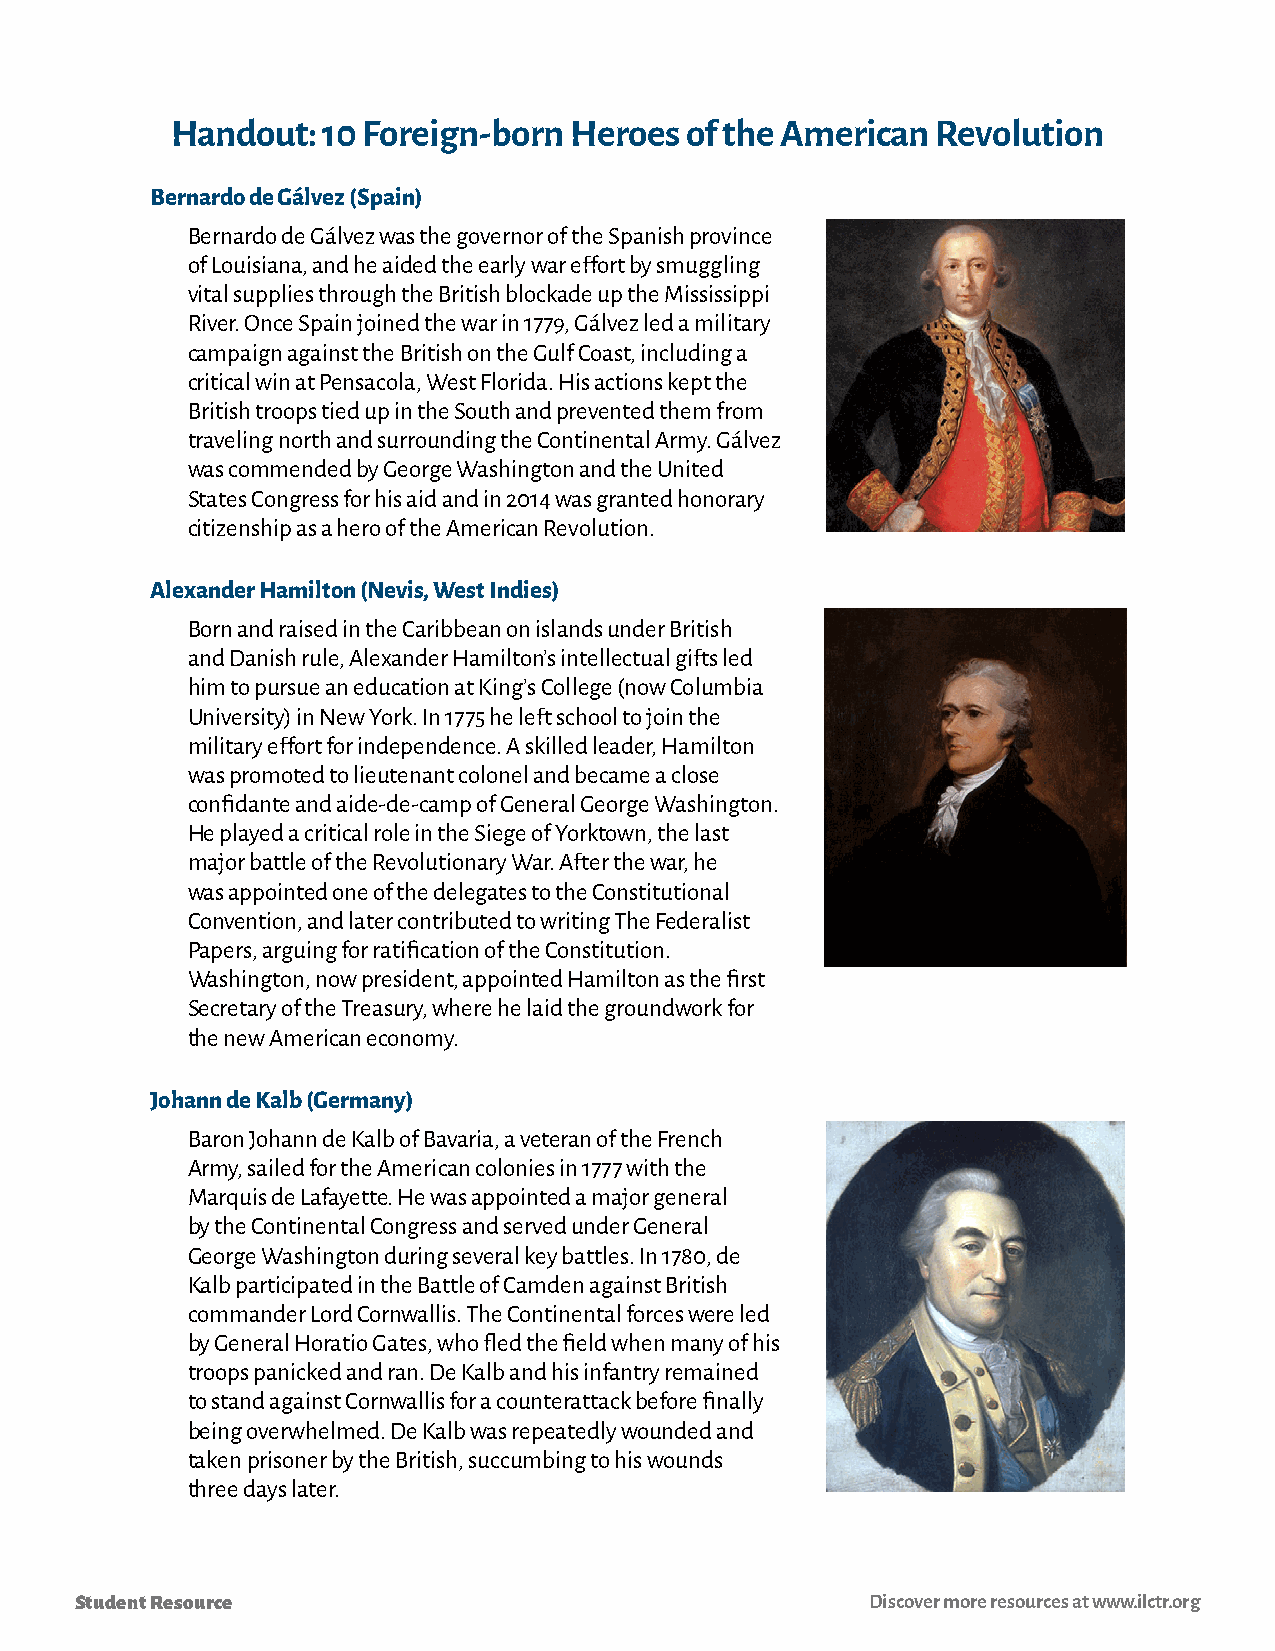
Handout:  10 Foreign-born  Heroes of the American  Revolution
 Bernardo de Gálvez (Spain)
 Bernardo de Gálvez was the governor of the Spanish province
 of Louisiana, and he aided the early war effort by smuggling
 vital supplies through the British blockade up the Mississippi
 River. Once Spain joined the war in 1779, Gálvez led a military
 campaign against the British on the Gulf Coast, including a
 critical win at Pensacola, West Florida. His actions kept the
 British troops tied up in the South and prevented them from
 traveling north and surrounding the Continental Army. Gálvez
 was commended by George Washington and the United
 States Congress for his aid and in 2014 was granted honorary
 citizenship as a hero of the American Revolution.
 Alexander Hamilton (Nevis, West Indies)
 Born and raised in the Caribbean on islands under British
 and Danish rule, Alexander Hamilton’s intellectual gifts led
 him to pursue an education at King’s College (now Columbia
 University) in New York. In 1775 he left school to join the
 military effort for independence. A skilled leader, Hamilton
 was promoted to lieutenant colonel and became a close
 confidante and aide-de-camp of General George Washington.
 He played a critical role in the Siege of Yorktown, the last
 major battle of the Revolutionary War. After the war, he
 was appointed one of the delegates to the Constitutional
 Convention, and later contributed to writing The Federalist
 Papers, arguing for ratification of the Constitution.
 Washington, now president, appointed Hamilton as the first
 Secretary of the Treasury, where he laid the groundwork for
 the new American economy.
 Johann de Kalb (Germany)
 Baron Johann de Kalb of Bavaria, a veteran of the French
 Army, sailed for the American colonies in 1777 with the
 Marquis de Lafayette. He was appointed a major general
 by the Continental Congress and served under General
 George Washington during several key battles. In 1780, de
 Kalb participated in the Battle of Camden against British
 commander Lord Cornwallis. The Continental forces were led
 by General Horatio Gates, who fled the field when many of his
 troops panicked and ran. De Kalb and his infantry remained
 to stand against Cornwallis for a counterattack before finally
 being overwhelmed. De Kalb was repeatedly wounded and
 taken prisoner by the British, succumbing to his wounds
 three days later.
 Student Resource                                     Discover more resources at www.ilctr.org